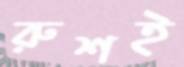
রুশই